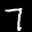
Label: 7